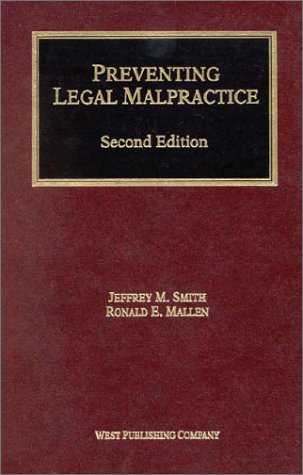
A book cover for Preventing Legal Malpractice; Jeffrey M. Smith; Law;